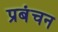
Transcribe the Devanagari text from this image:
प्रबंचन